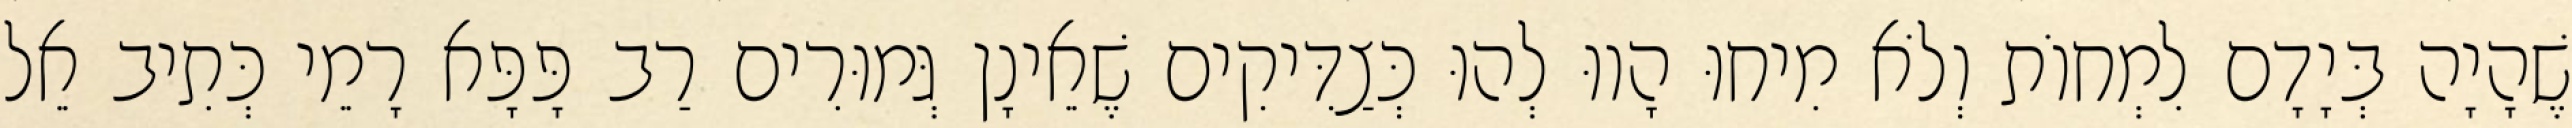
שֶׁהָיָה בְּיָדָם לִמְחוֹת וְלֹא מִיחוּ הָווּ לְהוּ כְּצַדִּיקִים שֶׁאֵינָן גְּמוּרִים רַב פָּפָּא רָמֵי כְּתִיב אֵל